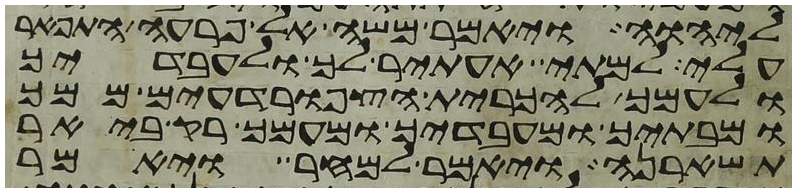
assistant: ליהוה ויאמר משה אל פרעה התפאר
עלי למתי אעתיר לך ולעבדיך
ולעמך להכרית הצפרדעים ממך
ומבתיך ומעבדיך ומעמך רק ביאר
תשארנה ויאמר למחר ויאמר